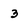
Character: 3